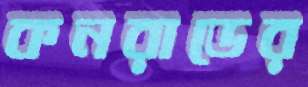
কনরাডের